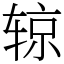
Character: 辌